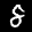
Label: 8